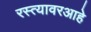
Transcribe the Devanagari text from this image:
रस्त्यावरआहे